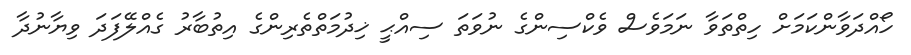
ހޯއްދަވާންކަމަށް ހިތްތަވާ ނަމަވެސް ވެކްސިންގެ ނުވަތަ ސިއްޙީ ޚިދުމަތްތެރިންގެ އިތުބާރު ގެއްލޭފަދަ ވިޔާނުދާ